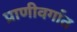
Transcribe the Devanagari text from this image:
प्राणीवर्गात